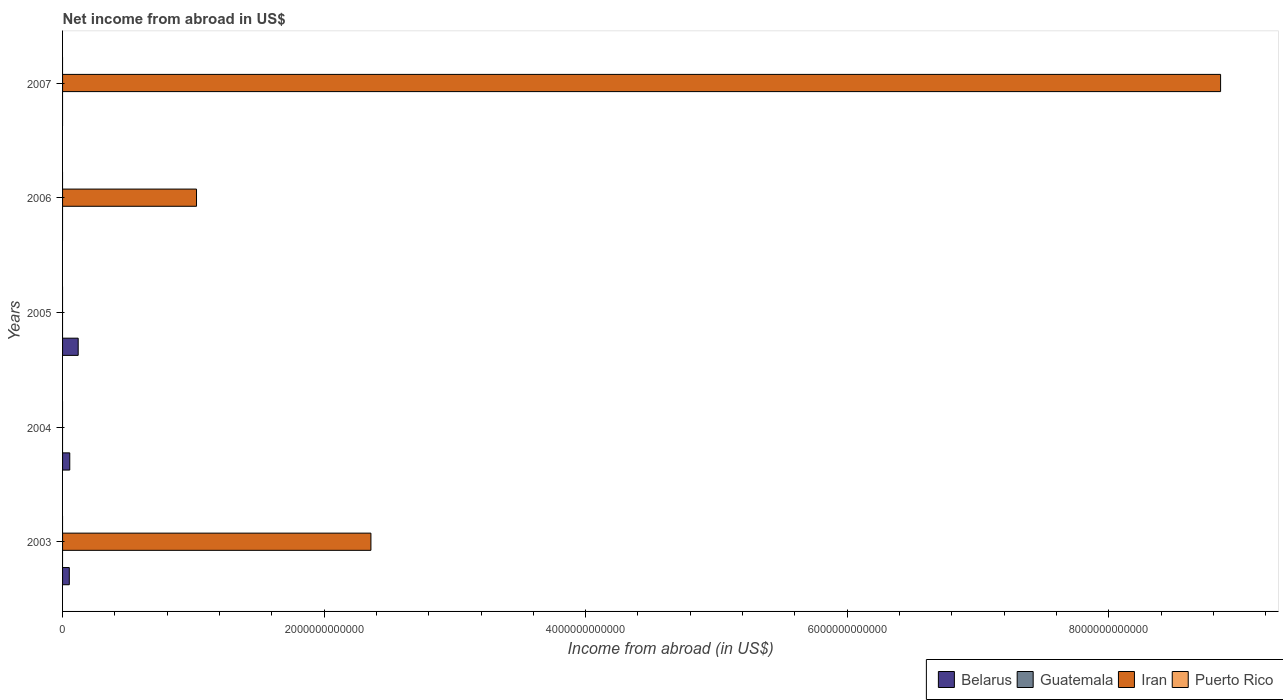
| Years | Belarus | Guatemala | Iran | Puerto Rico |
 | --- | --- | --- | --- | --- |
 | 2003 | 5.15e+10 | -2.41e+09 | 2.36e+12 | -2.73e+10 |
 | 2004 | 5.51e+10 | -3.26e+09 | -2.65e+12 | -2.85e+10 |
 | 2005 | 1.2e+11 | -3.7e+09 | -3.67e+12 | -2.91e+10 |
 | 2006 | -2.46e+11 | -5.17e+09 | 1.02e+12 | -2.94e+10 |
 | 2007 | -8.82e+11 | -6.47e+09 | 8.86e+12 | -2.89e+10 |